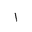
Letter: _alif